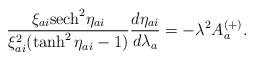
LaTeX: \begin{align*}\frac{\xi_{ai} {\rm sech}^2 \eta_{ai}}{\xi_{ai}^2 ( \tanh^2 \eta_{ai} - 1 )} \frac{d\eta_{ai}}{d\lambda_a} = - \lambda^2 A_a^{(+)}.\end{align*}